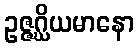
ဥဇ္ဇဂ္ဃိယမာနော